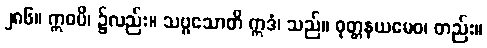
၂၈၆။ ဣဓပိ၊ ၌လည်း။ သဗ္ဗသောတိ ဣဒံ၊ သည်။ ဝုတ္တနယမေဝ၊ တည်း။